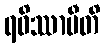
ရဝိဿာမီတိ